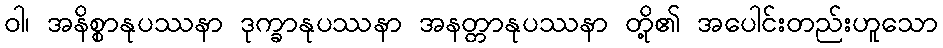
ဝါ၊ အနိစ္စာနုပဿနာ ဒုက္ခာနုပဿနာ အနတ္တာနုပဿနာ တို့၏ အပေါင်းတည်းဟူသော